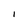
Character: I